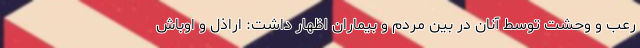
رعب و وحشت توسط آنان در بین مردم و بیماران اظهار داشت: اراذل و اوباش